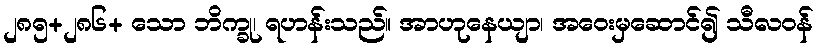
၂၈၅+၂၈၆+ သော ဘိက္ခု၊ ရဟန်းသည်။ အာဟုနေယျာ၊ အဝေးမှဆောင်၍ သီလဝန်